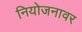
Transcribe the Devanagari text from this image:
नियोजनावर